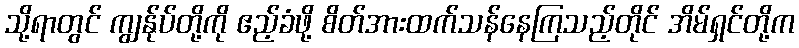
သို့ရာတွင် ကျွန်ုပ်တို့ကို ဧည့်ခံဖို့ စိတ်အားထက်သန်နေကြသည့်တိုင် အိမ်ရှင်တို့က